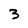
Character: 3